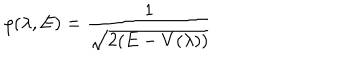
\rho ( \lambda , E ) = \frac { 1 } { \sqrt { 2 ( E - V ( \lambda ) ) } }